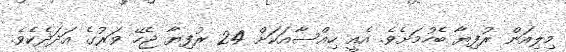
މިލިއަން ރުފިޔާ ބެހުމަށެވެ. އެއީ ހިއްސާއަކަށް 24 ރުފިޔާ ޖެހޭ ވަރުގެ އަދަދެކެވެ.